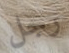
رجل